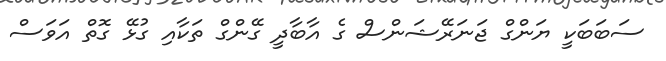
ސަބަބަކީ ޔަންގް ޖަނަރޭޝަންސް ގެ އާބާދީ ގޭންގް ތަކާއި ގުޅޭ ގޮތް އަވަސް